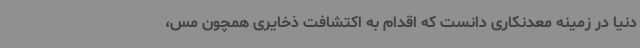
دنیا در زمینه معدنکاری دانست که اقدام به اکتشافت ذخایری همچون مس،